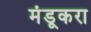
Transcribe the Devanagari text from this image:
मंडूकरा